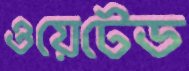
ওয়েটেড